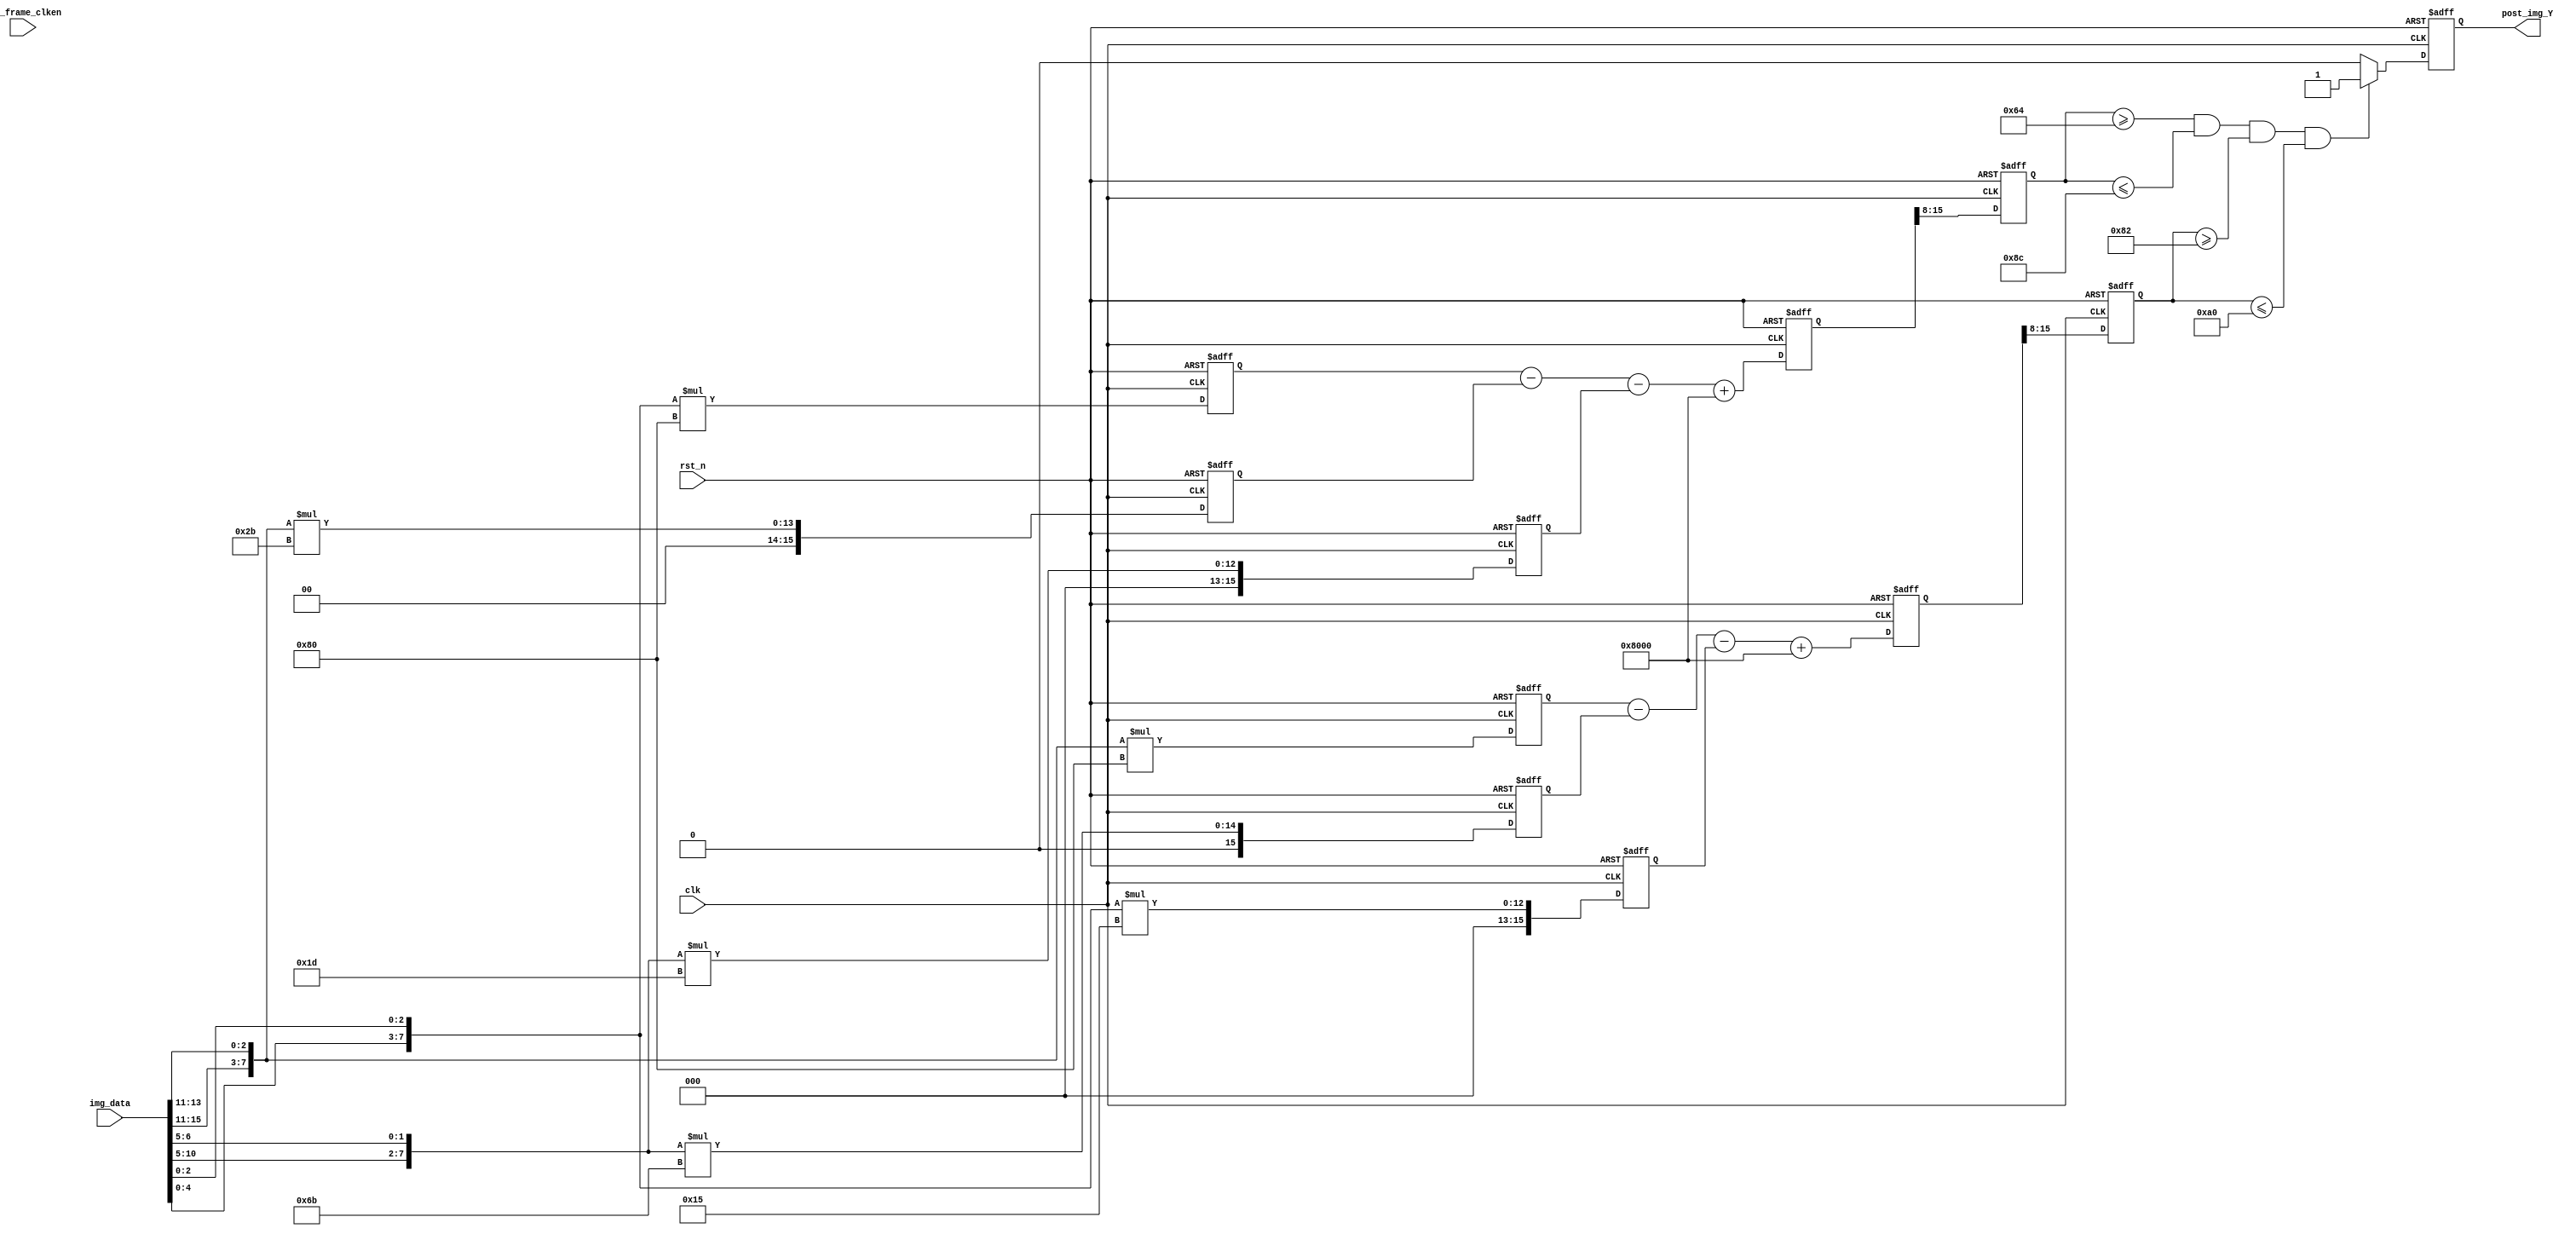
module box(
    input clk            ,
	input rst_n          ,
	input per_frame_clken,
	
	input [15:0] img_data,	
	output  post_img_Y
	
	);

   reg     color_zone;


    wire         post_frame_vsync;
	wire         post_frame_href;
	wire         post_frame_clken;
	
	reg	  [7:0 ]img_Y_r1;
	wire  [15:0]y;


	wire	[7:0]	per_img_red	;
    wire	[7:0]	per_img_green;
    wire	[7:0]	per_img_blue;
	
	assign  per_img_red		=	{img_data[15:11], img_data[13:11]};
    assign  per_img_green	=	{img_data[10:5], img_data[6:5]};	
    assign 	per_img_blue	=	{img_data[4:0], img_data[2:0]};	
	
	//Step 1
reg	[15:0]	img_red_r0,		img_red_r1,		img_red_r2;	
reg	[15:0]	img_green_r0,	img_green_r1,	img_green_r2; 
reg	[15:0]	img_blue_r0,	img_blue_r1,	img_blue_r2; 
always@(posedge clk or negedge rst_n)
begin
	if(!rst_n)
		begin
		img_red_r0		<=	0; 		
		img_red_r1		<=	0; 		
		img_red_r2		<=	0; 	
		img_green_r0	<=	0; 		
		img_green_r1	<=	0; 		
		img_green_r2	<=	0; 	
		img_blue_r0		<=	0; 		
		img_blue_r1		<=	0; 		
		img_blue_r2		<=	0; 			
		end
	else
		begin
		img_red_r0		<=	per_img_red 	* 	8'd77; 		
		img_red_r1		<=	per_img_red 	* 	8'd43; 	
		img_red_r2		<=	per_img_red 	* 	8'd128; 	
		
		img_green_r0	<=	per_img_green 	* 	8'd85; 
		img_green_r1	<=	per_img_green 	* 	8'd29; 		
		img_green_r2	<=	per_img_green 	* 	8'd107; 
		
		img_blue_r0		<=	per_img_blue 	* 	8'd150; 				
		img_blue_r1		<=	per_img_blue 	* 	8'd128; 			
		img_blue_r2		<=	per_img_blue 	* 	8'd21; 		
		end
end

//--------------------------------------------------
//Step 2
reg	[15:0]	img_Y_r0;	
reg	[15:0]	img_Cb_r0; 
reg	[15:0]	img_Cr_r0; 
always@(posedge clk or negedge rst_n)
begin
	if(!rst_n)
		begin
		img_Y_r0	<=	0; 		
		img_Cb_r0	<=	0; 		
		img_Cr_r0	<=	0; 	
		end
	else
		begin
		img_Y_r0	<=	img_red_r0 	+ 	img_green_r0 	+ 	img_blue_r0; 		
		img_Cb_r0	<=	img_blue_r1 - 	img_red_r1 		- 	img_green_r1	+	16'd32768; 		
		img_Cr_r0	<=	img_red_r2 	- 	img_green_r2 	- 	img_blue_r2		+	16'd32768; 		
		end
end

//--------------------------------------------------
//Step 3
//reg	[7:0]	img_Y_r1;	
reg	[7:0]	img_Cb_r1; 
reg	[7:0]	img_Cr_r1; 
reg [15:0]  y1;
always@(posedge clk or negedge rst_n)
begin
	if(!rst_n)
		begin
		img_Y_r1	<=	0; 		
		img_Cb_r1	<=	0; 		
		img_Cr_r1	<=	0; 	
		y1      <=  0;
		end
	else
		begin
		img_Y_r1	<=	img_Y_r0[15:8];
		img_Cb_r1	<=	img_Cb_r0[15:8];
		img_Cr_r1	<=	img_Cr_r0[15:8]; 
		y1      <=  {img_Y_r0[15:11],img_Y_r0[15:10],img_Y_r0[15:11]};
		end
end

always@(posedge clk or negedge rst_n) begin
	    if(!rst_n) color_zone <= 0;
//		else if(img_Cb_r1 > 'd77 && img_Cb_r1 < 'd127 && img_Cr_r1 > 'd133 && img_Cr_r1 < 'd173) color_zone <= 1'b1;
		else if(img_Cb_r1 >= 'd100 && img_Cb_r1 <= 'd140 && img_Cr_r1 >= 'd130 && img_Cr_r1 <= 'd160) color_zone <= 1'b1;
		else color_zone <= 1'b0;
	end

//lag 3 clocks signal sync  
reg 	[3:0] 	per_frame_clken_r;

always @(posedge clk or negedge rst_n)
begin
	if(!rst_n)begin
		per_frame_clken_r <= 4'b0;
	end	
	else begin
		per_frame_clken_r <= {per_frame_clken_r [2:0], per_frame_clken};		
	end
end

assign post_frame_clken = per_frame_clken_r [3];



//wire	[7:0]	post_img_Y;	
wire	[7:0]	post_img_Cb; 
wire	[7:0]	post_img_Cr; 


//assign post_img_Y 	= 	color_zone;
assign	post_img_Y 	= color_zone;
assign	post_img_Cb =	post_frame_href ? img_Cb_r1: 8'd0;
assign	post_img_Cr = 	post_frame_href ? img_Cr_r1: 8'd0;
assign  y       =   post_frame_href ? y1   : 16'd0;

endmodule